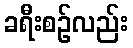
ခရီးစဉ်လည်း